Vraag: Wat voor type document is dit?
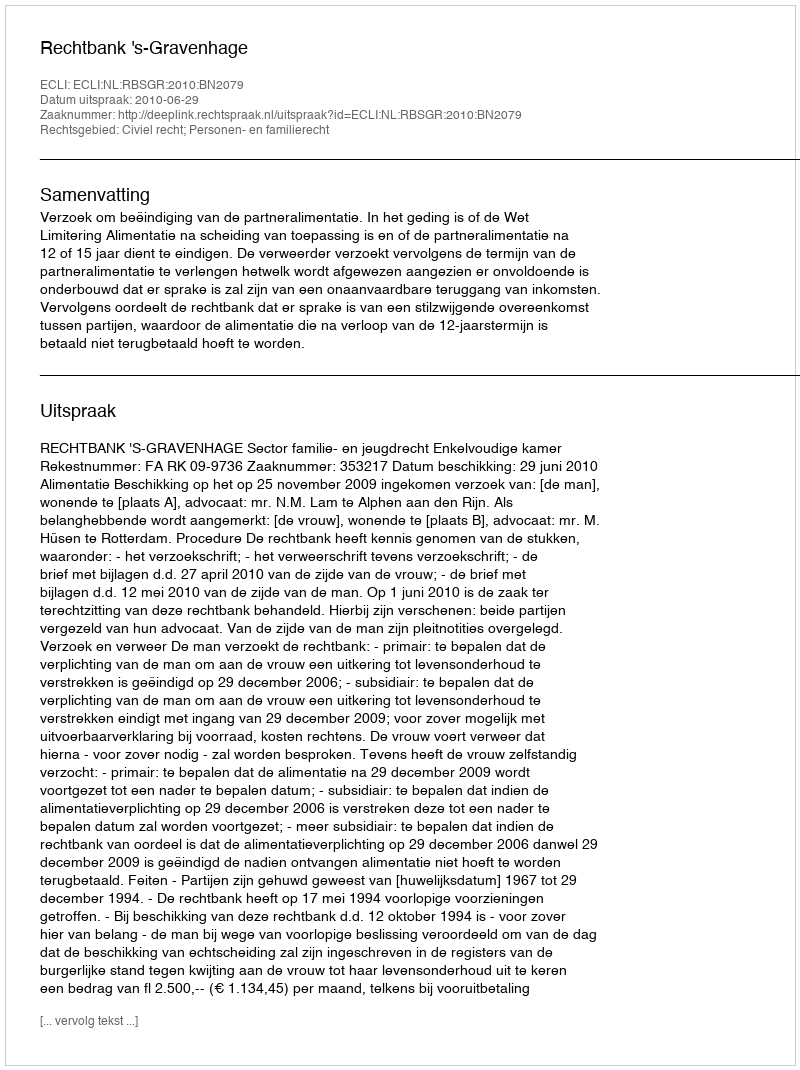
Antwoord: Uitspraak